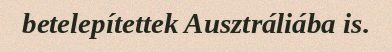
betelepítettek Ausztráliába is.